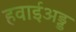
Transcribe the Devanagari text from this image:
हवाईअड्ड